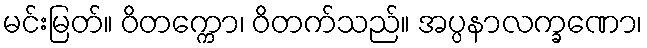
မင်းမြတ်။ ဝိတက္ကော၊ ဝိတက်သည်။ အပ္ပနာလက္ခဏော၊